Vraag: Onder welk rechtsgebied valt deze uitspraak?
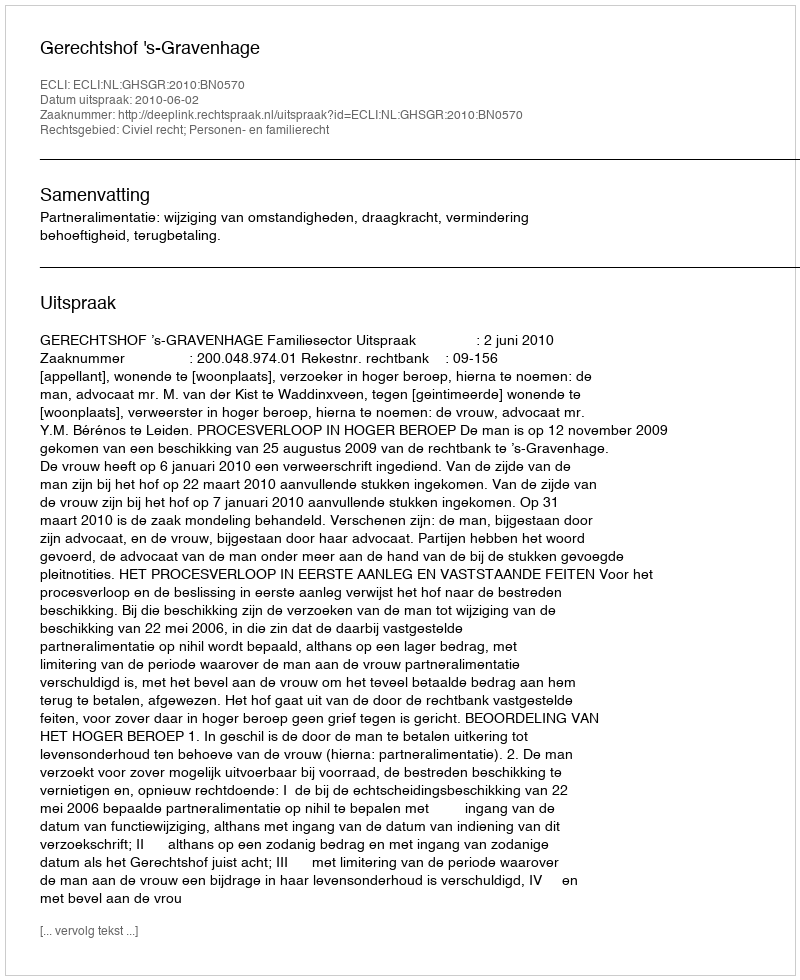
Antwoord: Civiel recht; Personen- en familierecht